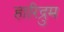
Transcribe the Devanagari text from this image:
हारिद्रुम